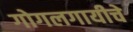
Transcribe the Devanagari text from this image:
गोगलगायीचे